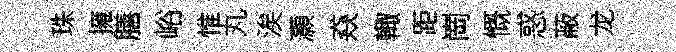
珠擁膳峪惟丸涘灝猋輙距崗慨惑蔽龙